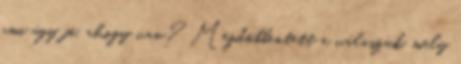
ami úgy jó, ahogy van? Megdöbbentett a válaszuk, mely